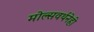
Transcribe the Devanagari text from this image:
मोल्सवर्थनेही